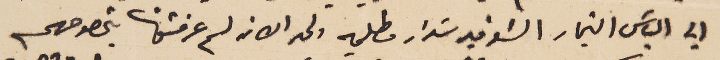
الي الياسَ النجار الشوفير سَداد مطلبه ولحد الان لم عرفتونا بخصوصهم